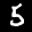
Label: 5